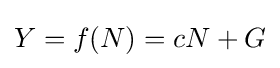
Y=f(N)=cN+G